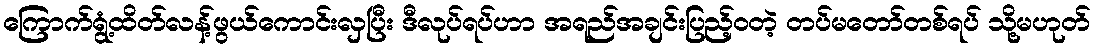
ကြောက်ရွံ့ထိတ်လန့်ဖွယ်ကောင်းလှပြီး ဒီလုပ်ရပ်ဟာ အရည်အချင်းပြည့်ဝတဲ့ တပ်မတော်တစ်ရပ် သို့မဟုတ်